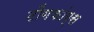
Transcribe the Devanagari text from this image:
टोंगकांग्स